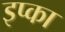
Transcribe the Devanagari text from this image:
इप्का